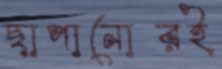
ছাপানোরই